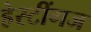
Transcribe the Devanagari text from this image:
हेस्टींगज